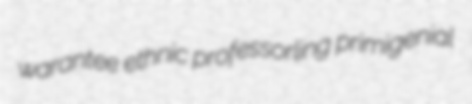
warantee ethnic professorling primigenial